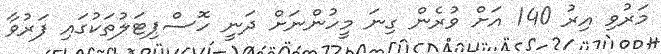
މަރުވި އިރު 140 އަށް ވުރެން ގިނަ މީހުންނަށް ދަނީ ހޮސްޕިޓަލުތަކުގަައި ފަރުވާ